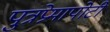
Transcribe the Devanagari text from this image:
पुत्रप्रेमापोटी